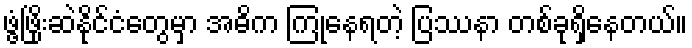
ဖွံ့ဖြိုးဆဲနိုင်ငံတွေမှာ အဓိက ကြုံနေရတဲ့ ပြဿနာ တစ်ခုရှိနေတယ်။